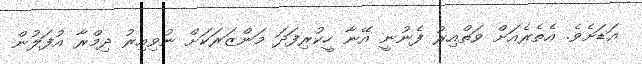
އަޑަށެވެެ. އެތެރެއަށް ވަތްއިރު ފެނުނީ އޭނާ ހީކުރިފަދަ މަންޒަރަކަށް ނުވިއިރު ދިމްރާ އުފަލުން